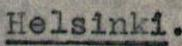
Helsinki.